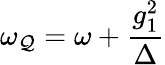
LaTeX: \omega_{\mathcal{Q}}=\omega+\frac{{g_{1}^{2}}}{{\Delta}}